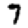
Digit: 7